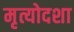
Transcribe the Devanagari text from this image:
मृत्योदशा